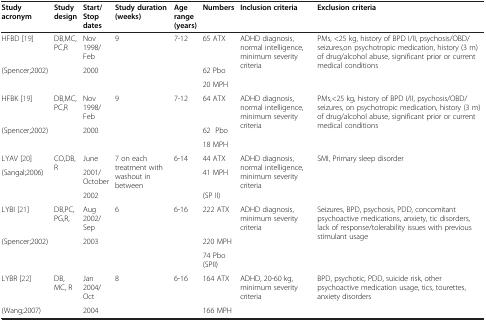
<table><thead><tr><td><b>Study acronym</b></td><td><b>Study design</b></td><td><b>Start/Stop dates</b></td><td><b>Study duration (weeks)</b></td><td><b>Age range (years)</b></td><td><b>Numbers</b></td><td><b>Inclusion criteria</b></td><td><b>Exclusion criteria</b></td></tr></thead><tbody><tr><td>HFBD [19]</td><td rowspan="3">DB,MC,PC,R</td><td>Nov 1998/Feb</td><td rowspan="3">9</td><td rowspan="3">7-12</td><td>65 ATX</td><td rowspan="3">ADHD diagnosis, normal intelligence, minimum severity criteria</td><td rowspan="3">PMs, &lt;25 kg, history of BPD I/II, psychosis/OBD/seizures,on psychotropic medication, history (3 m) of drug/alcohol abuse, significant prior or current medical conditions</td></tr><tr><td rowspan="2">(Spencer;2002)</td><td rowspan="2">2000</td><td>62 Pbo</td></tr><tr><td>20 MPH</td></tr><tr><td>HFBK [19]</td><td rowspan="3">DB,MC,PC,R</td><td>Nov 1998/Feb</td><td rowspan="3">9</td><td rowspan="3">7-12</td><td>64 ATX</td><td rowspan="3">ADHD diagnosis, normal intelligence, minimum severity criteria</td><td rowspan="3">PMs,&lt;25 kg, history of BPD I/II, psychosis/OBD/seizures, on psychotropic medication, history (3 m) of drug/alcohol abuse, significant prior or current medical conditions</td></tr><tr><td rowspan="2">(Spencer;2002)</td><td rowspan="2">2000</td><td>62 Pbo</td></tr><tr><td>18 MPH</td></tr><tr><td>LYAV [20]</td><td rowspan="3">CO,DB,R</td><td>June</td><td rowspan="3">7 on each treatment with washout in between</td><td rowspan="3">6-14</td><td>44 ATX</td><td rowspan="3">ADHD diagnosis, normal intelligence, minimum severity criteria</td><td rowspan="3">SMI, Primary sleep disorder</td></tr><tr><td rowspan="2">(Sangal;2006)</td><td>2001/October</td><td>41 MPH</td></tr><tr><td>2002</td><td>(SP II)</td></tr><tr><td>LYBI [21]</td><td rowspan="3">DB,PC,PG,R,</td><td>Aug 2002/Sep</td><td rowspan="3">6</td><td rowspan="3">6-16</td><td>222 ATX</td><td rowspan="3">ADHD diagnosis, minimum severity criteria</td><td rowspan="3">Seizures, BPD, psychosis, PDD, concomitant psychoactive medications, anxiety, tic disorders, lack of response/tolerability issues with previous stimulant usage</td></tr><tr><td rowspan="2">(Spencer;2002)</td><td rowspan="2">2003</td><td>220 MPH</td></tr><tr><td>74 Pbo (SPII)</td></tr><tr><td>LYBR [22]</td><td>DB, MC, R</td><td>Jan 2004/Oct</td><td>8</td><td>6-16</td><td>164 ATX</td><td>ADHD, 20-60 kg, minimum severity criteria</td><td>BPD, psychotic, PDD, suicide risk, other psychoactive medication usage, tics, tourettes,anxiety disorders</td></tr><tr><td>(Wang;2007)</td><td> </td><td>2004</td><td> </td><td> </td><td>166 MPH</td><td> </td><td> </td></tr></tbody></table>